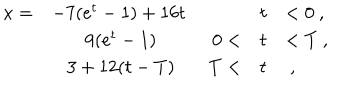
\begin{array} { r c r c l } { { x = } } & { { - 7 ( e ^ { t } - 1 ) + 1 6 t \mathrm { ~ } } } & { { } } & { { t } } & { { < 0 \ , } } \\ { { } } & { { 9 ( e ^ { t } - 1 ) } } & { { 0 < } } & { { t } } & { { < T \ , } } \\ { { } } & { { 3 + 1 2 ( t - T ) } } & { { T < } } & { { t } } & { { \ , } } \\ \end{array}